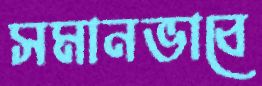
সমানভাবে